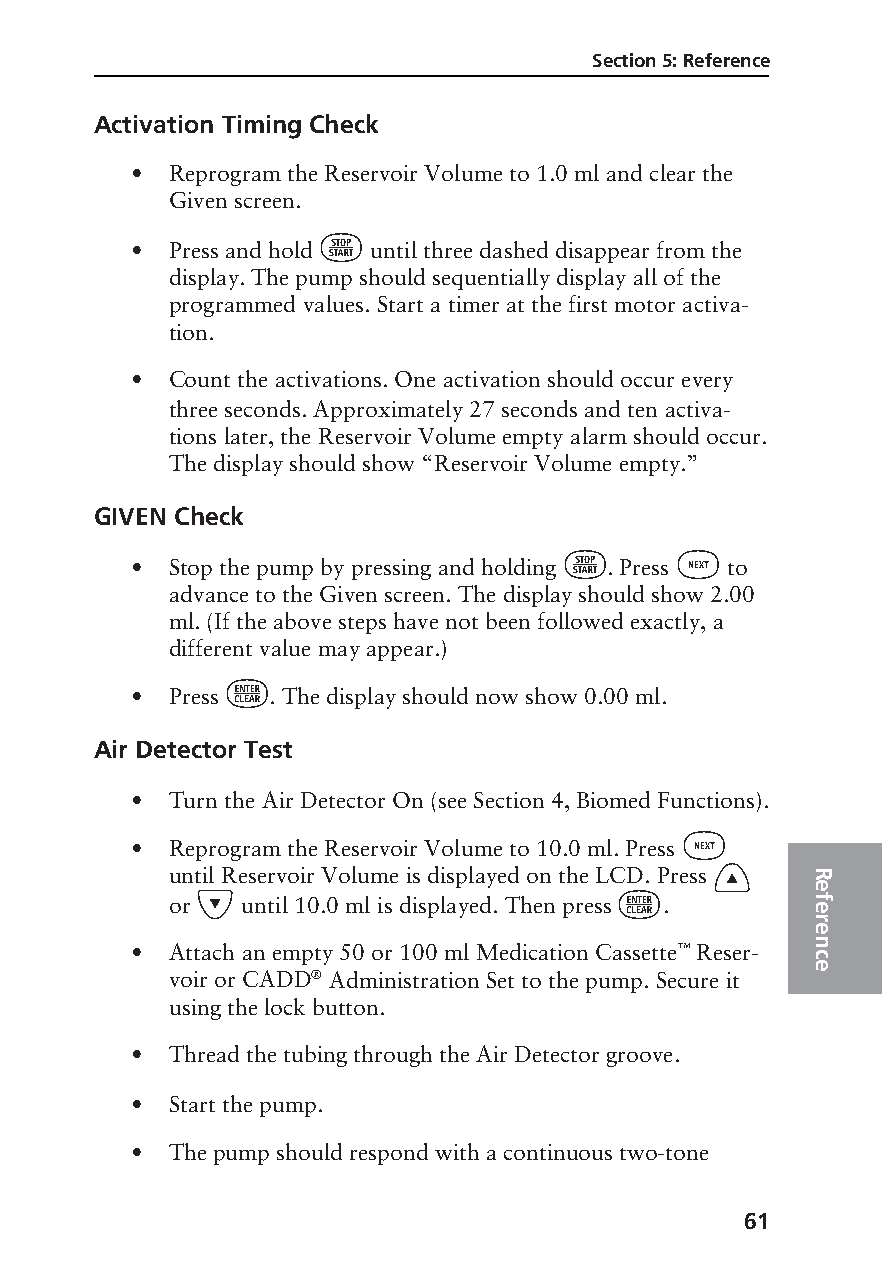
Section 5: Reference
 Activation Timing Check
 • Reprogram the Reservoir Volume to 1.0 ml and clear the
 Given screen.
 ⁄
 • Press and hold until three dashed disappear from the
 display. The pump should sequentially display all of the
 programmed values. Start a timer at the first motor activa-
 tion.
 • Count the activations. One activation should occur every
 three seconds. Approximately 27 seconds and ten activa-
 tions later, the Reservoir Volume empty alarm should occur.
 The display should show “Reservoir Volume empty.”
 GIVEN Check
 ⁄       „
 • Stop the pump by pressing and holding . Press to
 advance to the Given screen. The display should show 2.00
 ml. (If the above steps have not been followed exactly, a
 different value may appear.)
 ¤
 • Press  . The display should now show 0.00 ml.
 Air Detector Test
 • Turn the Air Detector On (see Section 4, Biomed Functions).
 „
 • Reprogram the Reservoir Volume to 10.0 ml. Press
 ´
 until Reservoir Volume is displayed on the LCD. Press R
 Î                           ¤            e
 or   until 10.0 ml is displayed. Then press . f
 e
 r
 e
 n
 • Attach an empty 50 or 100 ml Medication Cassette™ Reser- c
 e
 voir or CADD® Administration Set to the pump. Secure it
 using the lock button.
 • Thread the tubing through the Air Detector groove.
 • Start the pump.
 • The pump should respond with a continuous two-tone
 61
 PROOF (LR #3086), 2000-03-16 «3935-51D Manual, Legacy 1»